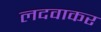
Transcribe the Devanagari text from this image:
लदवाकर